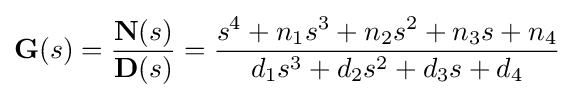
{\textbf {G}}(s)={\frac {{\textbf {N}}(s)}{{\textbf {D}}(s)}}={\frac {s^{4}+n_{1}s^{3}+n_{2}s^{2}+n_{3}s+n_{4}}{d_{1}s^{3}+d_{2}s^{2}+d_{3}s+d_{4}}}